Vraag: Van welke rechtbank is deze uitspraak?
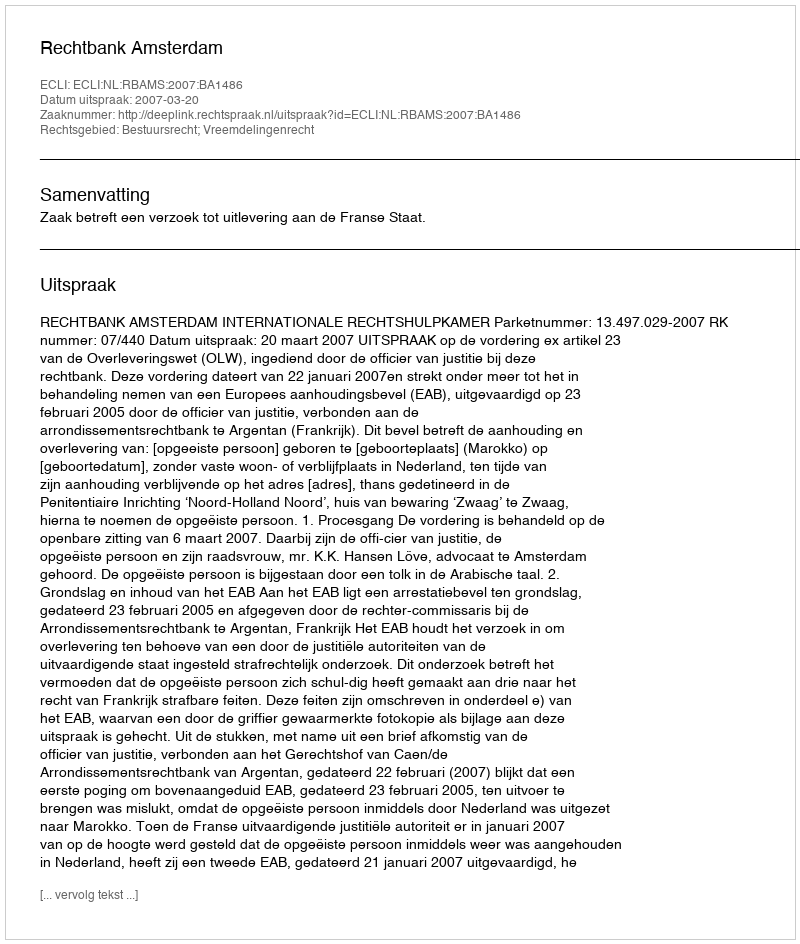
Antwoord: Rechtbank Amsterdam